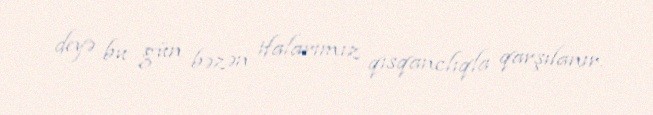
deyə bu gün bəzən ifalarımız qısqanclıqla qarşılanır.